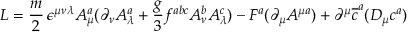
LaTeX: { \cal L } = { \frac { m } { 2 } } \, \epsilon ^ { \mu \nu \lambda } A _ { \mu } ^ { a } ( \partial _ { \nu } A _ { \lambda } ^ { a } + { \frac { g } { 3 } } f ^ { a b c } A _ { \nu } ^ { b } A _ { \lambda } ^ { c } ) - F ^ { a } ( \partial _ { \mu } A ^ { \mu a } ) + \partial ^ { \mu } \overline { { { c } } } ^ { a } ( D _ { \mu } c ^ { a } )